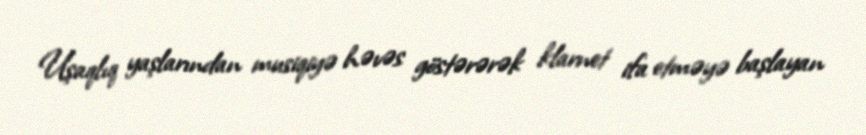
Uşaqlıq yaşlarından musiqiyə həvəs göstərərək klarnet ifa etməyə başlayan